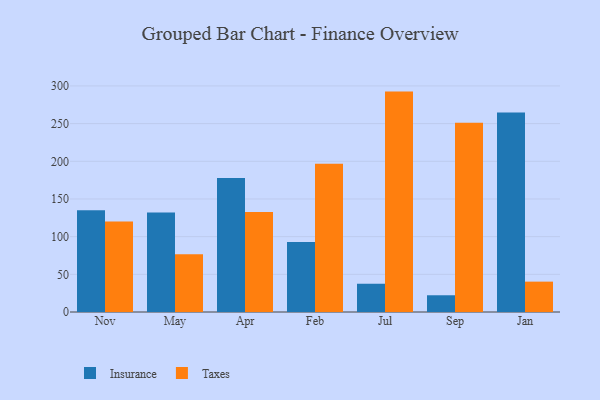
{"axis": {"x": "Month", "y": "Backlog"}, "legend": ["Insurance", "Taxes"], "data": [{"x": "Nov", "y": 135.2, "type": "Insurance"}, {"x": "Nov", "y": 120.1, "type": "Taxes"}, {"x": "May", "y": 131.9, "type": "Insurance"}, {"x": "May", "y": 76.5, "type": "Taxes"}, {"x": "Apr", "y": 177.8, "type": "Insurance"}, {"x": "Apr", "y": 132.8, "type": "Taxes"}, {"x": "Feb", "y": 92.8, "type": "Insurance"}, {"x": "Feb", "y": 196.7, "type": "Taxes"}, {"x": "Jul", "y": 37.5, "type": "Insurance"}, {"x": "Jul", "y": 292.5, "type": "Taxes"}, {"x": "Sep", "y": 22.2, "type": "Insurance"}, {"x": "Sep", "y": 251.1, "type": "Taxes"}, {"x": "Jan", "y": 264.8, "type": "Insurance"}, {"x": "Jan", "y": 40.3, "type": "Taxes"}]}